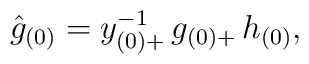
\hat {g}_{(0)}=y_{(0)+}^{-1}\, g_{(0)+}\, h_{(0)},